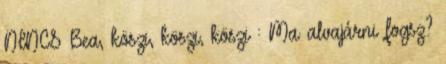
NINCS Bea, köszi, köszi, köszi : Ma alvajárni fogsz?